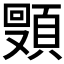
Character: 𬱈